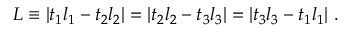
L \equiv | t _ { 1 } l _ { 1 } - t _ { 2 } l _ { 2 } | = | t _ { 2 } l _ { 2 } - t _ { 3 } l _ { 3 } | = | t _ { 3 } l _ { 3 } - t _ { 1 } l _ { 1 } | ~ .